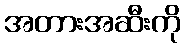
အတားအဆီးကို